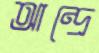
আন্দ্রে